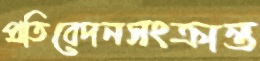
প্রতিবেদনসংক্রান্ত